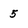
Character: 5